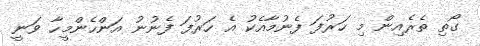
ގޯތި ތެރެއިން މި ހަރުފަ ފެނުމާއެކު އެ ހަރުފަ ފެނުނު އަންހެންމީހާ ވަނީ